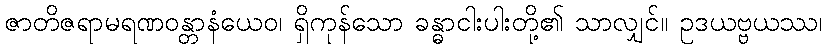
ဇာတိဇရာမရဏဝန္တာနံယေဝ၊ ရှိကုန်သော ခန္ဓာငါးပါးတို့၏ သာလျှင်။ ဥဒယဗ္ဗယဿ၊